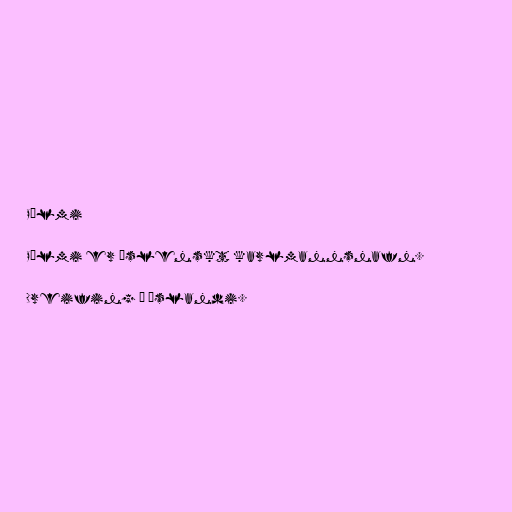
Pálmi

Pálmi er íslenskt karlmannsnafn.

Dreifing á Íslandi.